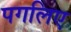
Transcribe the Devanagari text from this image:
पगलिए